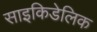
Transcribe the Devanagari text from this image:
साइकिडेलिक